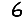
Digit: 6